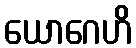
ယောဂေဟိ